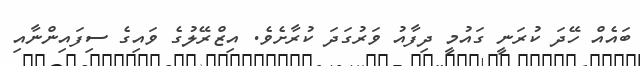
ބައެއް ހޭދަ ކުރަނީ ގައުމީ ދިފާއު ވަރުގަދަ ކުރާށެވެ. އިޒްރޭލުގެ ވައިގެ ސިފައިންނާއި